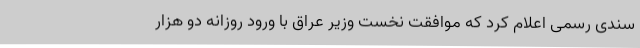
سندی رسمی اعلام کرد که موافقت نخست وزیر عراق با ورود روزانه دو هزار